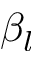
\beta _ { l }